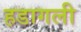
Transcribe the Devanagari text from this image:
हडागली